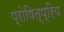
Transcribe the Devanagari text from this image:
प्रोषित्प्रिय